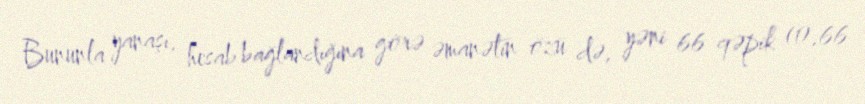
Bununla yanaşı, hesab bağlandığına görə əmanətin özü də, yəni 66 qəpik (0,66